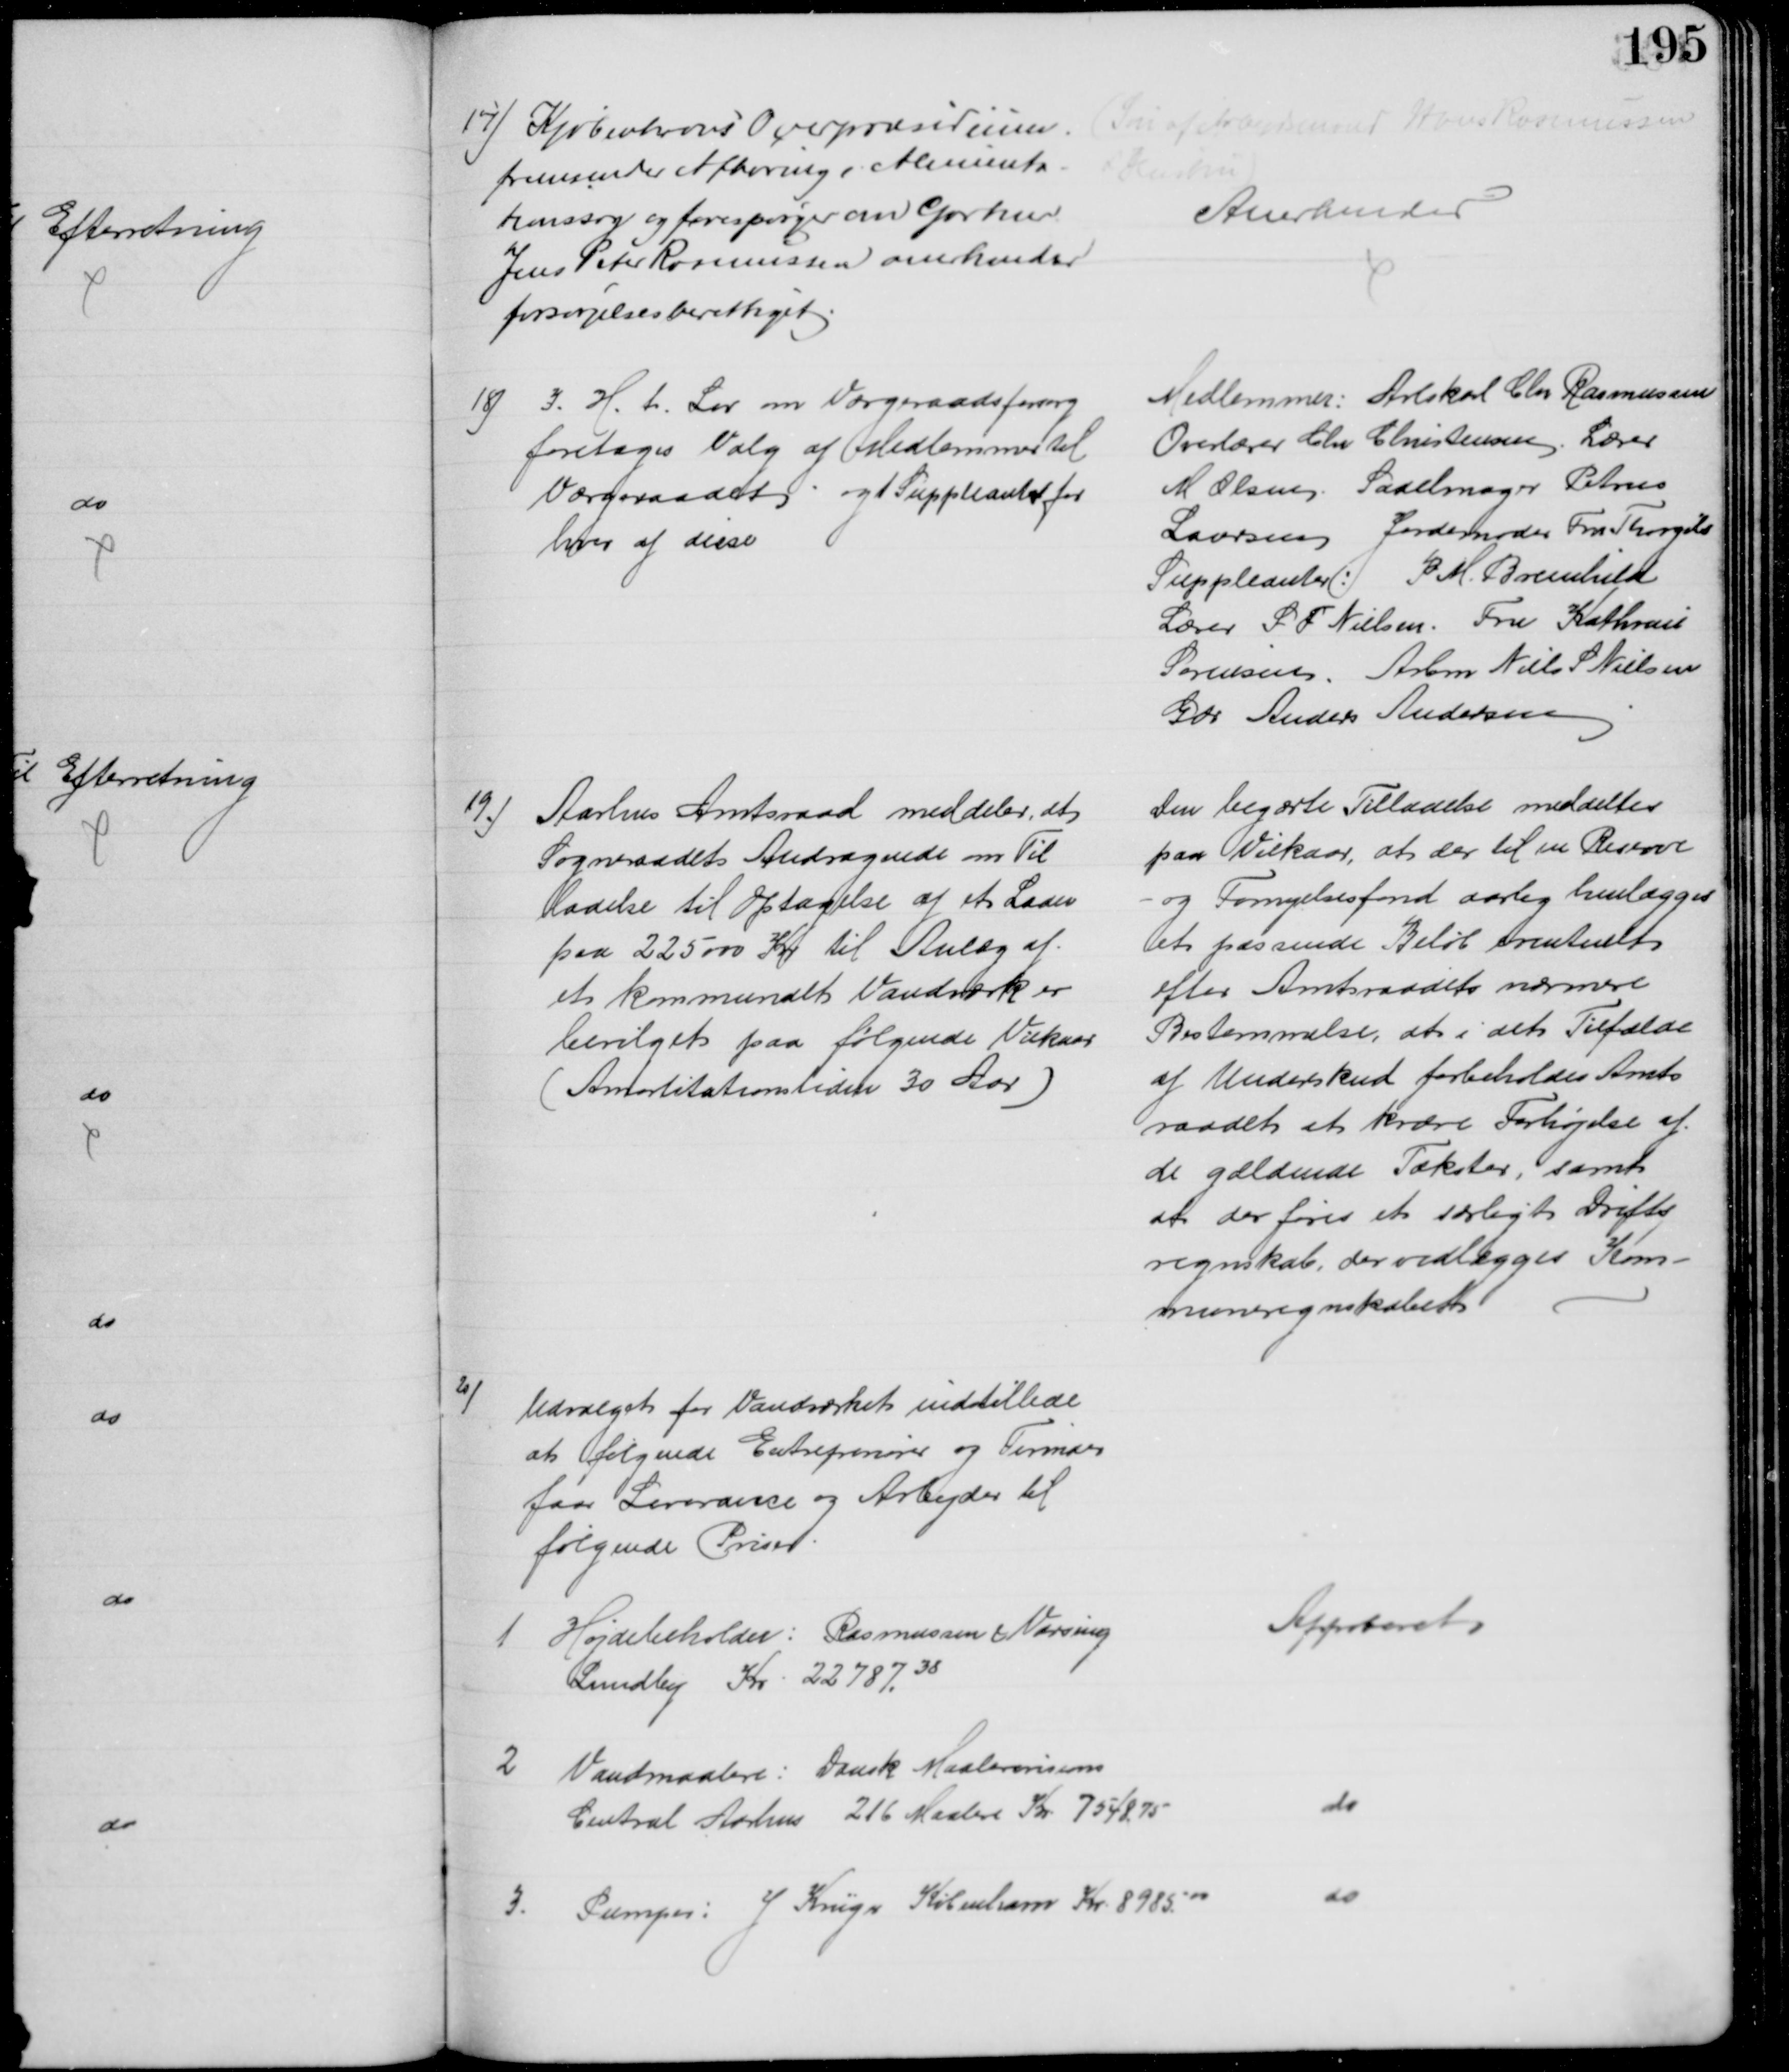
Transskription:
17) Kjøbenhavns Overpræsidium
fremsender Afhøring i Alimenta-
tionssag og forespørger om Gartner
Jens Peter Rasmussen anerkendes
forsørgelsesberettiget
(Søn af Arbejdsmand Hans Rasmussen
& Hustru)
Anerkendes
18) I. H. t. Lov om Værgeraadsforsorg
foretoges Valg af Medlemmer til
Værgeraadet og 1 Suppleant for
hver af disse
Medlemmer: Avlskarl Chr. Rasmussen
Overlærer Chr Christensen. Lærer 
M Olsen. Sadelmager Petrus
Laursen Jordemoder Fru Thorgils
Suppleanter: P. M. Breinhild
Lærer S F Nielsen. Fru Kathrine
Sørensen, Arbm Niels S Nielsen
Gdr Anders Andersen
19)
Aarhus Amtsraad meddeler, at
Sogneraadets Andragende om Til
ladelse til Optagelse af et Laan
paa 225000 Kr til Anlæg af
et kommunalt Vandværk er
bevilget paa følgende Vilkaar
(Amortitationstiden 30 Aar)
Den begærte Tilladelse meddeltes
paa Vilkaar, at der til en Reserve
og Fornyelsesfond aarlig henlægges
et passende Beløb eventuelt
efter Amtsraadets nærmere
Bestemmelse, at i det Tilfælde
af Underskud forbeholdes Amts
raadet at kræve Forhøjelse af 
de gældende Takster, samt
at der føres et særligt Drifts
regnskab, der vedlægges Kom-
muneregnskabet
20)
Udvalget for Vandværket indstillede
at følgende Entreprenører og Firmaer
faar Leverance og Arbejder til
følgende Priser
1
Højdebeholder: Rasmussen & Vorsing
Lundby Kr. 22787,38
Approberet
2
Vandmaalere: Dansk Maalerevisions
Central Aarhus 216 Maalere Kr 7548.75
do
3. Pumper: J Krüger København Kr. 8985.00
do